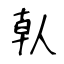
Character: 倝